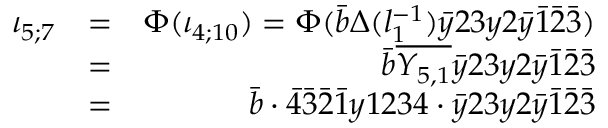
\begin{array} { r l r } { \iota _ { 5 ; 7 } } & { = } & { \Phi ( \iota _ { 4 ; 1 0 } ) = \Phi ( \bar { b } \Delta ( l _ { 1 } ^ { - 1 } ) \bar { y } 2 3 y 2 \bar { y } \bar { 1 } \bar { 2 } \bar { 3 } ) } \\ & { = } & { \bar { b } \overline { { Y _ { 5 , 1 } } } \bar { y } 2 3 y 2 \bar { y } \bar { 1 } \bar { 2 } \bar { 3 } } \\ & { = } & { \bar { b } \cdot \bar { 4 } \bar { 3 } \bar { 2 } \bar { 1 } y 1 2 3 4 \cdot \bar { y } 2 3 y 2 \bar { y } \bar { 1 } \bar { 2 } \bar { 3 } } \end{array}